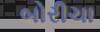
બોરીચા